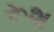
રૂશ